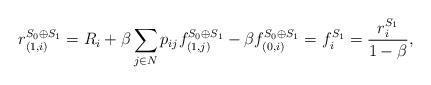
LaTeX: \begin{align*}r^{S_0 \oplus S_1}_{(1, i)} & = R_i + \beta \sum_{j \in N} p_{ij} f^{S_0 \oplus S_1}_{(1, j)} - \beta f^{S_0 \oplus S_1}_{(0, i)} = f_i^{S_1} = \frac{r^{S_1}_i}{1-\beta},\end{align*}